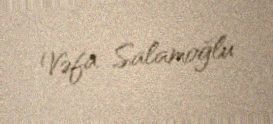
Vəfa Salamoğlu